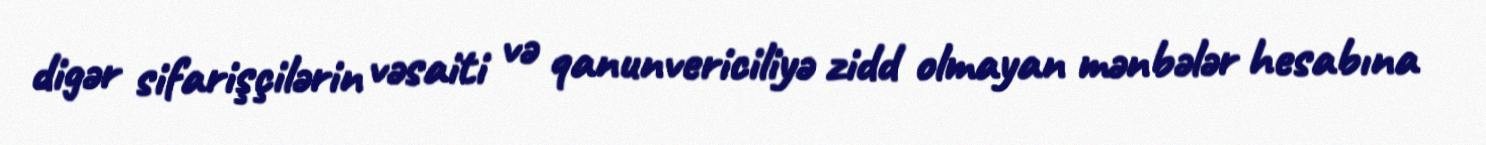
digər sifarişçilərin vəsaiti və qanunvericiliyə zidd olmayan mənbələr hesabına